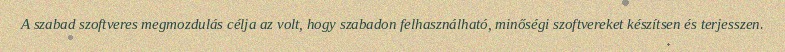
A szabad szoftveres megmozdulás célja az volt, hogy szabadon felhasználható, minőségi szoftvereket készítsen és terjesszen.